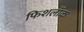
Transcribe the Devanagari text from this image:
फिशलॉक